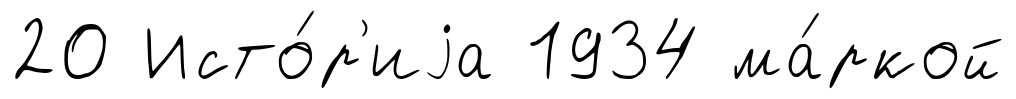
20 Исто́р'иjа 1934 ма́ркой